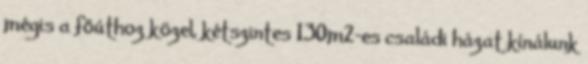
mégis a főúthoz közel, kétszintes 130m2-es családi házat kínálunk